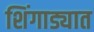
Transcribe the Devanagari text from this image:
शिंगाड्यात